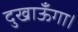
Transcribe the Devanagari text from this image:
दुखाऊँगा।